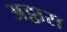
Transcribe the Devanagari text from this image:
अट्ठारा